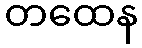
တထေန